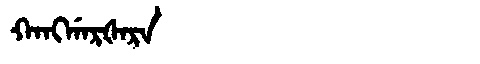
Manchu: ᡴᠠᠩᡤᠠᡵᡧᠠᡵᠠ
Romanization: KANGGARŠARA